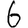
Digit: 6